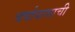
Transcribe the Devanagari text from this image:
वर्षावासाची